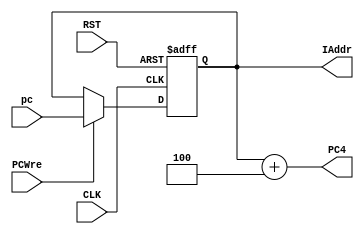
`timescale 1ns / 1ps

module PC(
  input CLK,
  input RST,
  input PCWre,
  input [31:0] pc,
  output reg [31:0] IAddr = 0,
  output [31:0] PC4
);

  always @(posedge CLK or negedge RST) begin
    if (!RST) begin
      IAddr <= 0;
    end
    else if (PCWre) begin
      IAddr <= pc;
    end
  end

  assign PC4 = IAddr + 4;

endmodule

module PC_Source (
  input [31:0] PC4,
  input [31:0] PC_Brench,
  input [31:0] PC_JumpRigister,
  input [31:0] PC_Jump,
  input [1:0] PC_Src,
  output reg [31:0] pc
);

  always @(*) begin
    case(PC_Src)
      2'b00: pc <= PC4;
      2'b01: pc <= (PC_Brench << 2) + PC4;
      2'b10: pc <= PC_JumpRigister;
      2'b11: pc <= PC_Jump;
    endcase
  end

endmodule

module PC_Jumper (
  input [31:0] PC4,
  input [25:0] pc,
  output [31:0] PC_Jump
);

  assign PC_Jump[31:28] = PC4[31:28];
  assign PC_Jump[27:0] = pc << 2;

endmodule